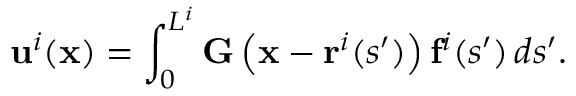
\mathbf { u } ^ { i } ( \mathbf { x } ) = \int _ { 0 } ^ { L ^ { i } } \mathbf { G } \left( \mathbf { x } - \mathbf { r } ^ { i } ( s ^ { \prime } ) \right) \mathbf { f } ^ { i } ( s ^ { \prime } ) \, d s ^ { \prime } .